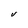
Character: V